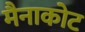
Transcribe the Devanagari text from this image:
मैनाकोट